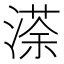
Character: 𭱻